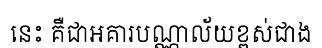
នេះ គឺជាអគារបណ្ណាល័យខ្ពស់ជាង